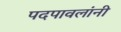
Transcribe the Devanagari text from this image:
पदपावलांनी